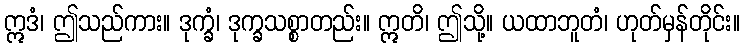
ဣဒံ၊ ဤသည်ကား။ ဒုက္ခံ၊ ဒုက္ခသစ္စာတည်း။ ဣတိ၊ ဤသို့။ ယထာဘူတံ၊ ဟုတ်မှန်တိုင်း။